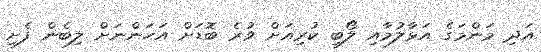
އަދި މަންމަގެ އަޅާލުމާއި ލޯބި ކުރިއަށް ވުރެ ބޮޑަށް އަހަންނަށް ލިބެން ފެށި